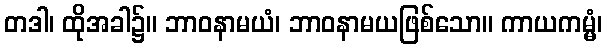
တဒါ၊ ထိုအခါ၌။ ဘာဝနာမယံ၊ ဘာဝနာမယဖြစ်သော။ ကာယကမ္မံ၊